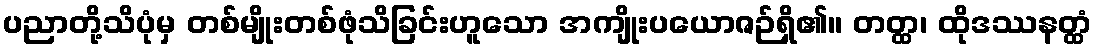
ပညာတို့သိပုံမှ တစ်မျိုးတစ်ဖုံသိခြင်းဟူသော အကျိုးပယောဇဉ်ရှိ၏။ တတ္ထ၊ ထိုဒဿနတ္ထံ